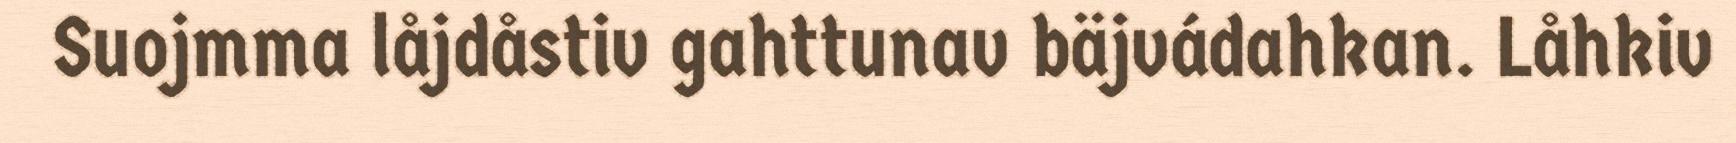
Suojmma låjdåstiv gahttunav bäjvádahkan. Låhkiv